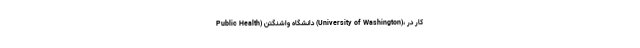
Public Health) دانشگاه واشنگتن (University of Washington)، کار در